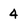
Character: 4